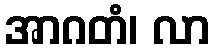
အာဂတံ၊ လာ